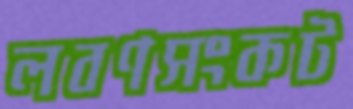
লবণসংকট